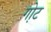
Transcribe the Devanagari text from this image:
गो़ट